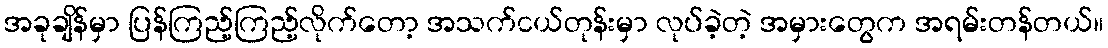
အခုချိန်မှာ ပြန်ကြည့်ကြည့်လိုက်တော့ အသက်ငယ်တုန်းမှာ လုပ်ခဲ့တဲ့ အမှားတွေက အရမ်းတန်တယ်။